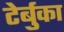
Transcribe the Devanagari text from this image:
टेर्बुका